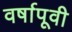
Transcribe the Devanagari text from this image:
वर्षापूवी